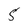
Character: 5